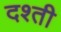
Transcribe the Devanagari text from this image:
दश्ती